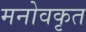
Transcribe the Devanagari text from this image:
मनोवकृत